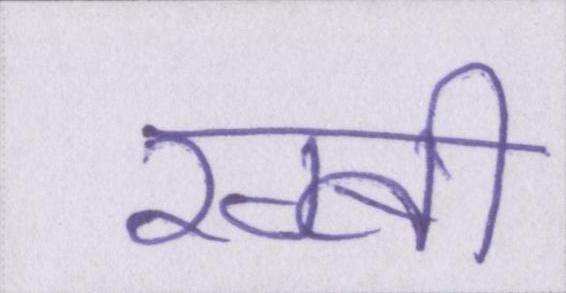
रग्बी